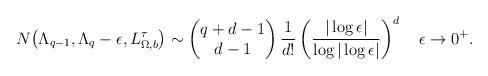
LaTeX: \begin{align*}N\bigl(\Lambda_{q-1},\Lambda_q -\epsilon,L_{\Omega,b}^\tau\bigr)\sim \begin{pmatrix}q+d-1\\d-1\end{pmatrix} \frac{1}{d!}\left( \frac{|\log\epsilon|}{\log|\log \epsilon|}\right)^d \quad\epsilon\to 0^+.\end{align*}